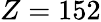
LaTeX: Z=152